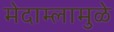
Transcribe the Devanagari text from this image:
मेदाम्लामुळे